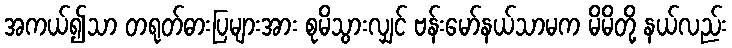
အကယ်၍သာ တရုတ်ဓားပြများအား စုမိသွားလျှင် ဗန်းမော်နယ်သာမက မိမိတို့ နယ်လည်း